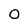
Character: 0